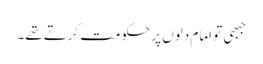
جبھی تو امام دلوں پر حکومت کرتے تھے۔